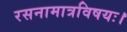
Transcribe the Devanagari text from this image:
रसनामात्रविषयः।